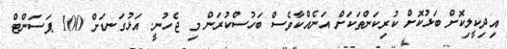
އިދިކީލިކޮށް ބަޅުކޮށް ކުރިކަންތަކަށް އަނެއްކާވެސް ބަހުސްކުރަން މި ޖެހުނީ. އަޅުގަނޑަށް 100 ޕަސަންޓް